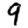
Digit: 9